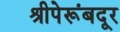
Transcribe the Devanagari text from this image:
श्रीपेरूंबदूर